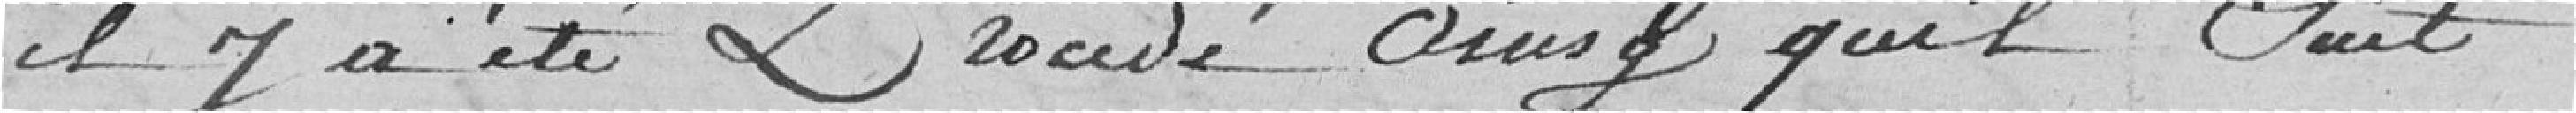
Il y a été procédé ainsi qu'il suit